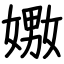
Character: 嫐